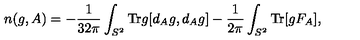
n ( g , A ) = - \frac { 1 } { 3 2 \pi } \int _ { S ^ { 2 } } \mathrm { T r } g [ d _ { A } g , d _ { A } g ] - \frac { 1 } { 2 \pi } \int _ { S ^ { 2 } } \mathrm { T r } [ g F _ { A } ] ,